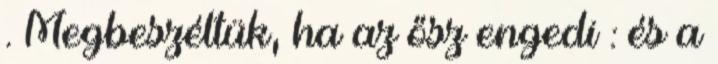
. Megbeszéltük, ha az ősz engedi : és a